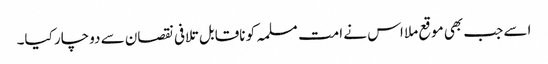
اسے جب بھی موقع ملا اس نے امت مسلمہ کو ناقابل تلافی نقصان سے دوچار کیا۔